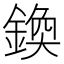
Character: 𨩉